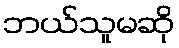
ဘယ်သူမဆို